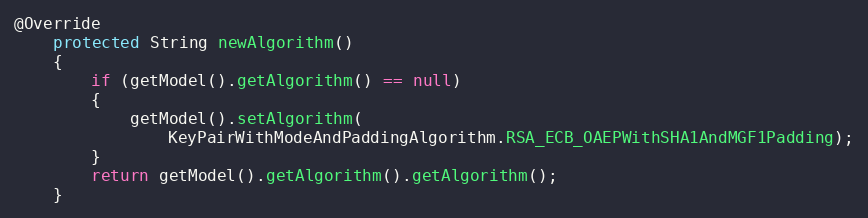
Language: Java
@Override
	protected String newAlgorithm()
	{
		if (getModel().getAlgorithm() == null)
		{
			getModel().setAlgorithm(
				KeyPairWithModeAndPaddingAlgorithm.RSA_ECB_OAEPWithSHA1AndMGF1Padding);
		}
		return getModel().getAlgorithm().getAlgorithm();
	}